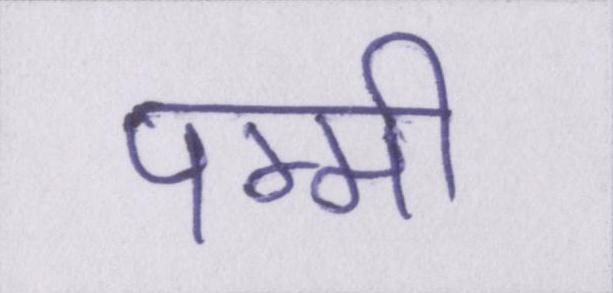
पम्मी